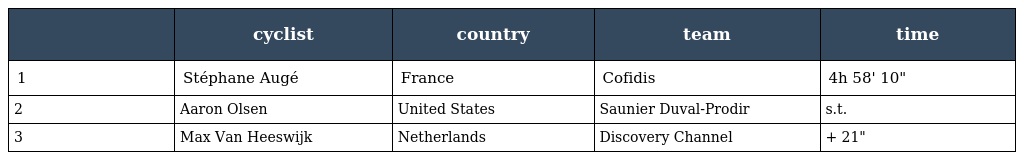
|  | cyclist | country | team | time |
 | --- | --- | --- | --- | --- |
 | 1 | Stéphane Augé | France | Cofidis | 4h 58' 10" |
 | 2 | Aaron Olsen | United States | Saunier Duval-Prodir | s.t. |
 | 3 | Max Van Heeswijk | Netherlands | Discovery Channel | + 21" |